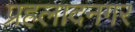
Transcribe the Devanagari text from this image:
प्रहलादनगर